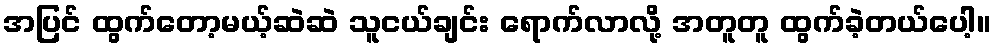
အပြင် ထွက်တော့မယ့်ဆဲဆဲ သူငယ်ချင်း ရောက်လာလို့ အတူတူ ထွက်ခဲ့တယ်ပေါ့။